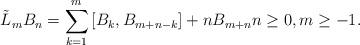
LaTeX: \begin{align*}\tilde L_m B_n =\sum_{k=1}^m \left[B_k,B_{m+n-k}\right] + nB_{m+n} n\geq 0, m\geq -1.\end{align*}